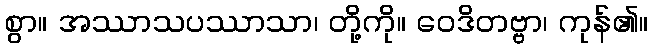
စွာ။ အဿာသပဿာသာ၊ တို့ကို။ ဝေဒိတဗ္ဗာ၊ ကုန်၏။